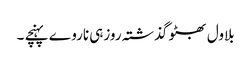
بلاول بھٹو گذشتہ روزہی ناروے پہنچے ۔